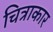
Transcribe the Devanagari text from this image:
चित्राकार